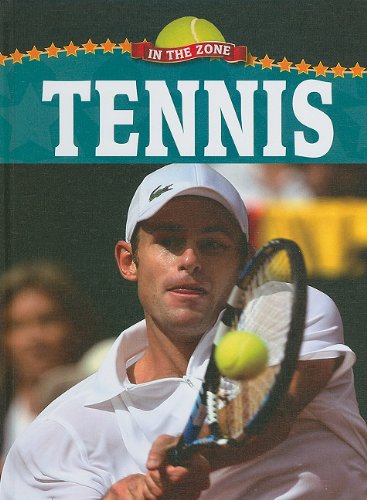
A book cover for Tennis (In the Zone); Don Wells; Children's Books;